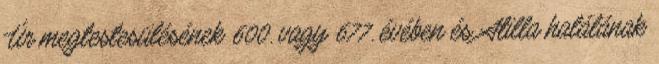
Úr megtestesülésének 600. vagy 677. évében és Atilla halálának